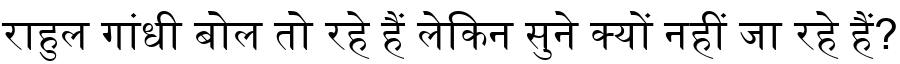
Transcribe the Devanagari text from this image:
राहुल गांधी बोल तो रहे हैं लेकिन सुने क्यों नहीं जा रहे हैं?